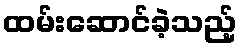
ထမ်းဆောင်ခဲ့သည့်